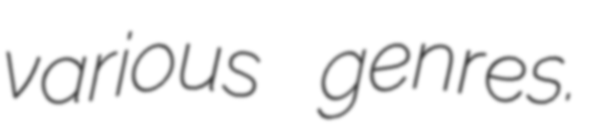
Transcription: various genres.